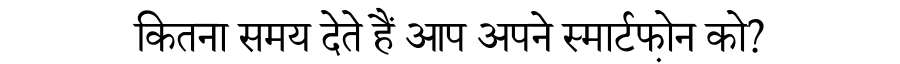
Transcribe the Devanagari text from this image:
कितना समय देते हैं आप अपने स्मार्टफो़न को?